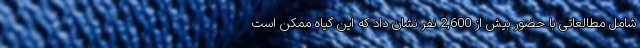
شامل مطالعاتی با حضور بیش از 2,600 نفر نشان داد که این گیاه ممکن است